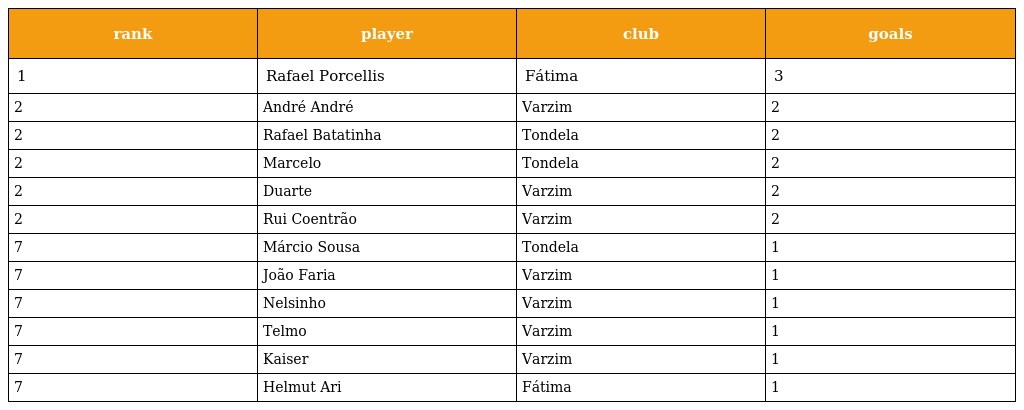
| rank | player | club | goals |
 | --- | --- | --- | --- |
 | 1 | Rafael Porcellis | Fátima | 3 |
 | 2 | André André | Varzim | 2 |
 | 2 | Rafael Batatinha | Tondela | 2 |
 | 2 | Marcelo | Tondela | 2 |
 | 2 | Duarte | Varzim | 2 |
 | 2 | Rui Coentrão | Varzim | 2 |
 | 7 | Márcio Sousa | Tondela | 1 |
 | 7 | João Faria | Varzim | 1 |
 | 7 | Nelsinho | Varzim | 1 |
 | 7 | Telmo | Varzim | 1 |
 | 7 | Kaiser | Varzim | 1 |
 | 7 | Helmut Ari | Fátima | 1 |